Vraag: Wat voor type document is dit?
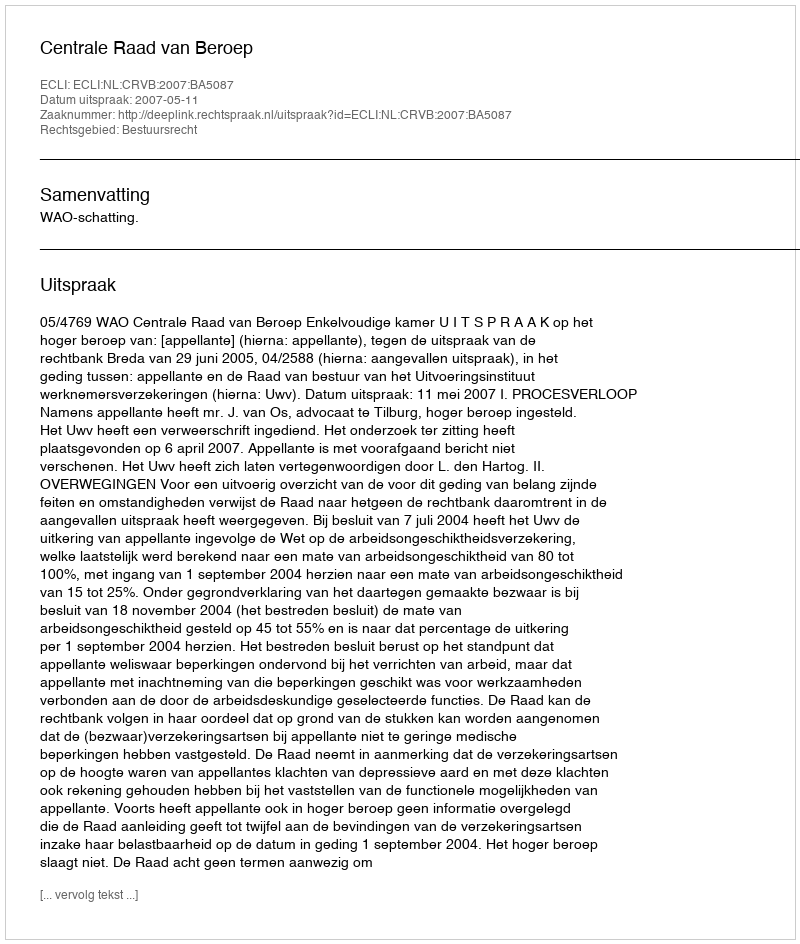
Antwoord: Uitspraak